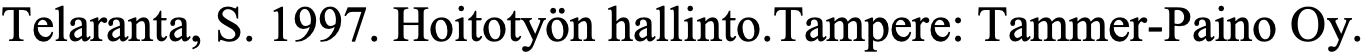
Telaranta, S. 1997. Hoitotyön hallinto.Tampere: Tammer-Paino Oy.